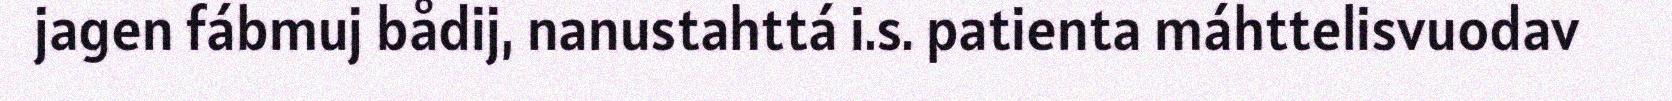
jagen fábmuj bådij, nanustahttá i.s. patienta máhttelisvuodav